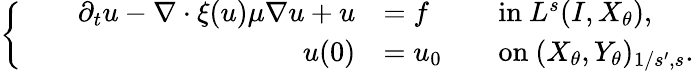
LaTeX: \begin{array}{r}{\left\{ \qquad\begin{array}{rlrl}{\partial_{t}u-\nabla\cdot\xi(u)\mu\nabla u+u}&{=f}&&{\mathrm{in~}L^{s}(I,X_{\theta}),}\\ {u(0)}&{=u_{0}}&&{\mathrm{on~}(X_{\theta},Y_{\theta})_{1/s^{\prime},s}.}\end{array}\right.}\end{array}